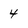
Character: 4